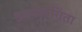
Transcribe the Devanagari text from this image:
उपयोगगिता